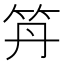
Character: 𥫼